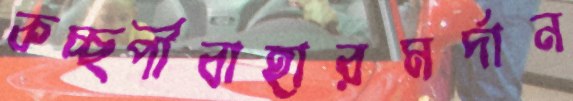
কচ্ছপীবাহারমর্দান